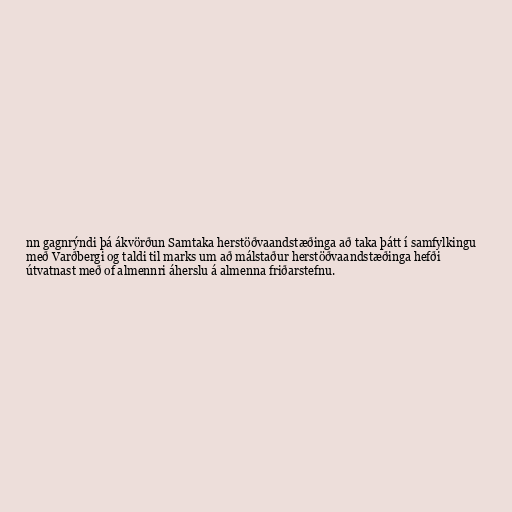
nn gagnrýndi þá ákvörðun Samtaka herstöðvaandstæðinga að taka þátt í samfylkingu
með Varðbergi og taldi til marks um að málstaður herstöðvaandstæðinga hefði
útvatnast með of almennri áherslu á almenna friðarstefnu.